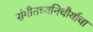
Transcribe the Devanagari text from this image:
संगीतध्वनिचौर्याचा